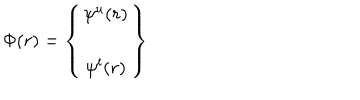
\Phi ( r ) = \left\{ \begin{array} { c } { { \psi ^ { u } ( r ) } } \\ { { \psi ^ { l } ( r ) } } \\ \end{array} \right\}